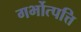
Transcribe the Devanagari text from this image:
गर्भोत्पत्ति